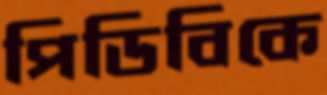
পিডিবিকে